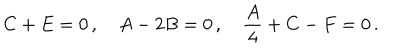
LaTeX: C + E = 0 \, , \quad A - 2 B = 0 \, , \quad \frac { A } { 4 } + C - F = 0 \, .